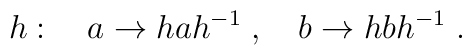
h:\quad a\to hah^{-1} \; , \quad b\to hbh^{-1}\; .